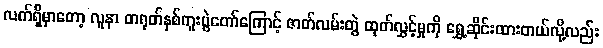
လက်ရှိမှာတော့ လူနာ တရုတ်နှစ်ကူးပွဲတော်ကြောင့် ဇာတ်လမ်းတွဲ ထုတ်လွှင့်မှုကို ရွှေ့ဆိုင်းထားတယ်လို့လည်း